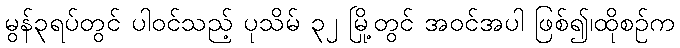
မွန်၃ရပ်တွင် ပါဝင်သည့် ပုသိမ် ၃၂ မြို့တွင် အဝင်အပါ ဖြစ်၍၊ထိုစဉ်က